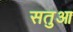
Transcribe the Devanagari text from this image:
सतुआ